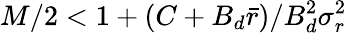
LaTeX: M/2<1+(C+B_{d}\bar{r})/B_{d}^{2}\sigma_{r}^{2}